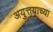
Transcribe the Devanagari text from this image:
अयुत्तयाच्या